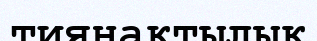
тиянақтылық